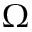
\Omega